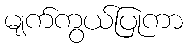
မျက်ကွယ်ပြုကာ